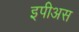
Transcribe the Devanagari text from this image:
इपीअस